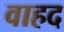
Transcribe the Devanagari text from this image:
वाहद